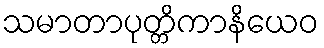
သမာတာပုတ္တိကာနိယေဝ